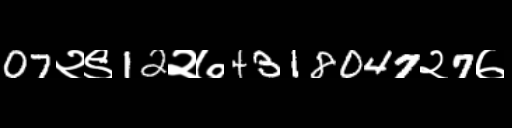
Text: 07२९12२७4318047२7७